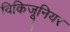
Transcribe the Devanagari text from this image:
विकिजूनियर